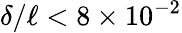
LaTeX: \delta/\ell<8\times 10^{-2}